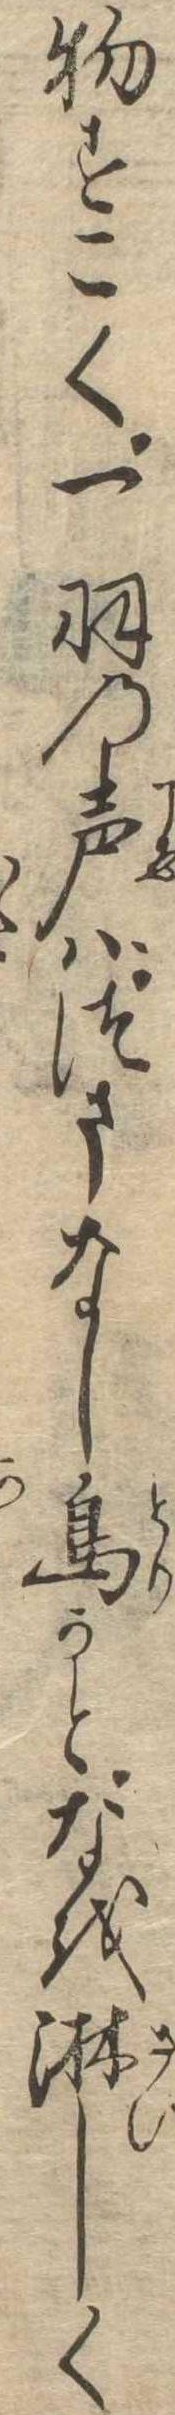
物すこく一羽の声はつまなし鳥かとなを淋しく